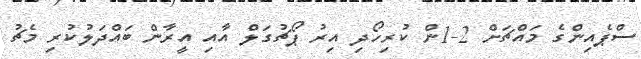
ސްޕެއިންގެ މައްޗަށް 2-1ން ކުރިހޯދި އިރު ޕޯޗުގަލް އާއި އީރާން ބައްދަލުކުރި މެޗު